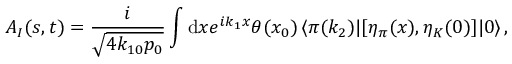
A _ { I } ( s , t ) = { \frac { i } { \sqrt { 4 k _ { 1 0 } p _ { 0 } } } } \int \mathrm { d } x e ^ { i k _ { 1 } x } \theta ( x _ { 0 } ) \, \langle \pi ( k _ { 2 } ) | [ \eta _ { \pi } ( x ) , \eta _ { K } ( 0 ) ] | 0 \rangle \, ,